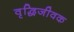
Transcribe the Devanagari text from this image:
वृद्धिजीवक